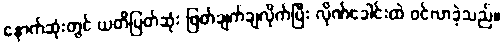
နောက်ဆုံးတွင် ယတိပြတ်ဆုံး ဖြတ်ချက်ချလိုက်ပြီး လိုဏ်ခေါင်းထဲ ဝင်လာခဲ့သည်။